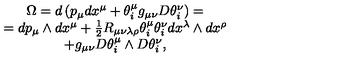
\begin{array} { c } { \Omega = d \left( p _ { \mu } d x ^ { \mu } + \theta _ { i } ^ { \mu } g _ { \mu \nu } D \theta _ { i } ^ { \nu } \right) = } \\ { = d p _ { \mu } \wedge d x ^ { \mu } + \frac 1 2 R _ { \mu \nu \lambda \rho } \theta _ { i } ^ { \mu } \theta _ { i } ^ { \nu } d x ^ { \lambda } \wedge d x ^ { \rho } } \\ { + g _ { \mu \nu } D \theta _ { i } ^ { \mu } \wedge D \theta _ { i } ^ { \nu } , } \\ \end{array}